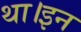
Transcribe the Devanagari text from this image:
था।इन